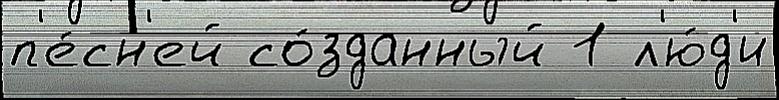
п'е́сн'ей со́зданный 1 л'ю́д'и